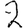
Digit: 2